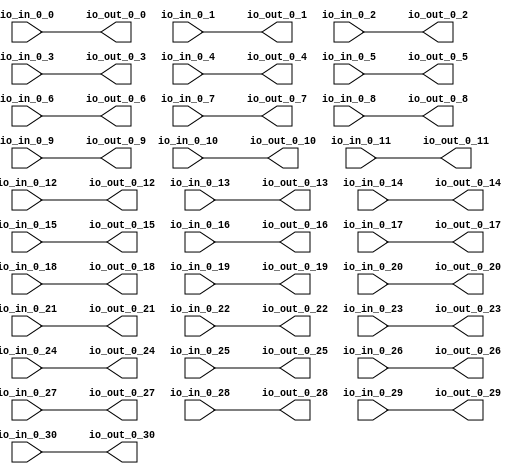
// Copyright (c) 2017, Microsemi Corporation
// All rights reserved.
//
// Redistribution and use in source and binary forms, with or without
// modification, are permitted provided that the following conditions are met:
//     * Redistributions of source code must retain the above copyright
//       notice, this list of conditions and the following disclaimer.
//     * Redistributions in binary form must reproduce the above copyright
//       notice, this list of conditions and the following disclaimer in the
//       documentation and/or other materials provided with the distribution.
//     * Neither the name of the <organization> nor the
//       names of its contributors may be used to endorse or promote products
//       derived from this software without specific prior written permission.
//
// THIS SOFTWARE IS PROVIDED BY THE COPYRIGHT HOLDERS AND CONTRIBUTORS "AS IS" AND
// ANY EXPRESS OR IMPLIED WARRANTIES, INCLUDING, BUT NOT LIMITED TO, THE IMPLIED
// WARRANTIES OF MERCHANTABILITY AND FITNESS FOR A PARTICULAR PURPOSE ARE
// DISCLAIMED. IN NO EVENT SHALL MICROSEMI CORPORATIONM BE LIABLE FOR ANY
// DIRECT, INDIRECT, INCIDENTAL, SPECIAL, EXEMPLARY, OR CONSEQUENTIAL DAMAGES
// (INCLUDING, BUT NOT LIMITED TO, PROCUREMENT OF SUBSTITUTE GOODS OR SERVICES;
// LOSS OF USE, DATA, OR PROFITS; OR BUSINESS INTERRUPTION) HOWEVER CAUSED AND
// ON ANY THEORY OF LIABILITY, WHETHER IN CONTRACT, STRICT LIABILITY, OR TORT
// (INCLUDING NEGLIGENCE OR OTHERWISE) ARISING IN ANY WAY OUT OF THE USE OF THIS
// SOFTWARE, EVEN IF ADVISED OF THE POSSIBILITY OF SUCH DAMAGE.
//
// APACHE LICENSE
// Copyright (c) 2017, Microsemi Corporation 
//
// Licensed under the Apache License, Version 2.0 (the "License");
// you may not use this file except in compliance with the License.
// You may obtain a copy of the License at
//
//    http://www.apache.org/licenses/LICENSE-2.0
//
// Unless required by applicable law or agreed to in writing, software
// distributed under the License is distributed on an "AS IS" BASIS,
// WITHOUT WARRANTIES OR CONDITIONS OF ANY KIND, either express or implied.
// See the License for the specific language governing permissions and
// limitations under the License.
//
// Description:
//
// SVN Revision Information:
// SVN $Revision: $
// SVN $Date: $
//
// Resolved SARs
// SAR      Date     Who   Description
//
// Notes:
//
// ****************************************************************************/
`define RANDOMIZE
`timescale 1ns/10ps
module PROC_SUBSYSTEM_MIV_RV32IMA_L1_AHB_0_MIV_RV32IMA_L1_AHB_INT_XBAR(
  input   io_in_0_0,
  input   io_in_0_1,
  input   io_in_0_2,
  input   io_in_0_3,
  input   io_in_0_4,
  input   io_in_0_5,
  input   io_in_0_6,
  input   io_in_0_7,
  input   io_in_0_8,
  input   io_in_0_9,
  input   io_in_0_10,
  input   io_in_0_11,
  input   io_in_0_12,
  input   io_in_0_13,
  input   io_in_0_14,
  input   io_in_0_15,
  input   io_in_0_16,
  input   io_in_0_17,
  input   io_in_0_18,
  input   io_in_0_19,
  input   io_in_0_20,
  input   io_in_0_21,
  input   io_in_0_22,
  input   io_in_0_23,
  input   io_in_0_24,
  input   io_in_0_25,
  input   io_in_0_26,
  input   io_in_0_27,
  input   io_in_0_28,
  input   io_in_0_29,
  input   io_in_0_30,
  output  io_out_0_0,
  output  io_out_0_1,
  output  io_out_0_2,
  output  io_out_0_3,
  output  io_out_0_4,
  output  io_out_0_5,
  output  io_out_0_6,
  output  io_out_0_7,
  output  io_out_0_8,
  output  io_out_0_9,
  output  io_out_0_10,
  output  io_out_0_11,
  output  io_out_0_12,
  output  io_out_0_13,
  output  io_out_0_14,
  output  io_out_0_15,
  output  io_out_0_16,
  output  io_out_0_17,
  output  io_out_0_18,
  output  io_out_0_19,
  output  io_out_0_20,
  output  io_out_0_21,
  output  io_out_0_22,
  output  io_out_0_23,
  output  io_out_0_24,
  output  io_out_0_25,
  output  io_out_0_26,
  output  io_out_0_27,
  output  io_out_0_28,
  output  io_out_0_29,
  output  io_out_0_30
);
  assign io_out_0_0 = io_in_0_0;
  assign io_out_0_1 = io_in_0_1;
  assign io_out_0_2 = io_in_0_2;
  assign io_out_0_3 = io_in_0_3;
  assign io_out_0_4 = io_in_0_4;
  assign io_out_0_5 = io_in_0_5;
  assign io_out_0_6 = io_in_0_6;
  assign io_out_0_7 = io_in_0_7;
  assign io_out_0_8 = io_in_0_8;
  assign io_out_0_9 = io_in_0_9;
  assign io_out_0_10 = io_in_0_10;
  assign io_out_0_11 = io_in_0_11;
  assign io_out_0_12 = io_in_0_12;
  assign io_out_0_13 = io_in_0_13;
  assign io_out_0_14 = io_in_0_14;
  assign io_out_0_15 = io_in_0_15;
  assign io_out_0_16 = io_in_0_16;
  assign io_out_0_17 = io_in_0_17;
  assign io_out_0_18 = io_in_0_18;
  assign io_out_0_19 = io_in_0_19;
  assign io_out_0_20 = io_in_0_20;
  assign io_out_0_21 = io_in_0_21;
  assign io_out_0_22 = io_in_0_22;
  assign io_out_0_23 = io_in_0_23;
  assign io_out_0_24 = io_in_0_24;
  assign io_out_0_25 = io_in_0_25;
  assign io_out_0_26 = io_in_0_26;
  assign io_out_0_27 = io_in_0_27;
  assign io_out_0_28 = io_in_0_28;
  assign io_out_0_29 = io_in_0_29;
  assign io_out_0_30 = io_in_0_30;
endmodule